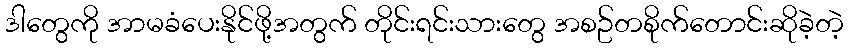
ဒါတွေကို အာမခံပေးနိုင်ဖို့အတွက် တိုင်းရင်းသားတွေ အစဥ်တစိုက်တောင်းဆိုခဲ့တဲ့